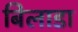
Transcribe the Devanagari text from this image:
बिलाडा